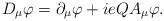
LaTeX: \begin{align*}D_{\mu }\varphi =\partial _{\mu }\varphi +ieQA_{\mu }\varphi . \end{align*}